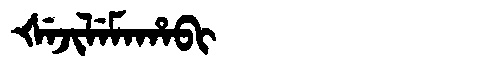
Manchu: ᡧᡝᠵᡳᠯᡝᠮᠠᡥᠠᠪᡳ
Romanization: ŠEJILEMAHABI